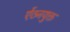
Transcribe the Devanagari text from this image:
ऐंठनयुक्त